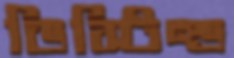
ডিস্টিল্ড